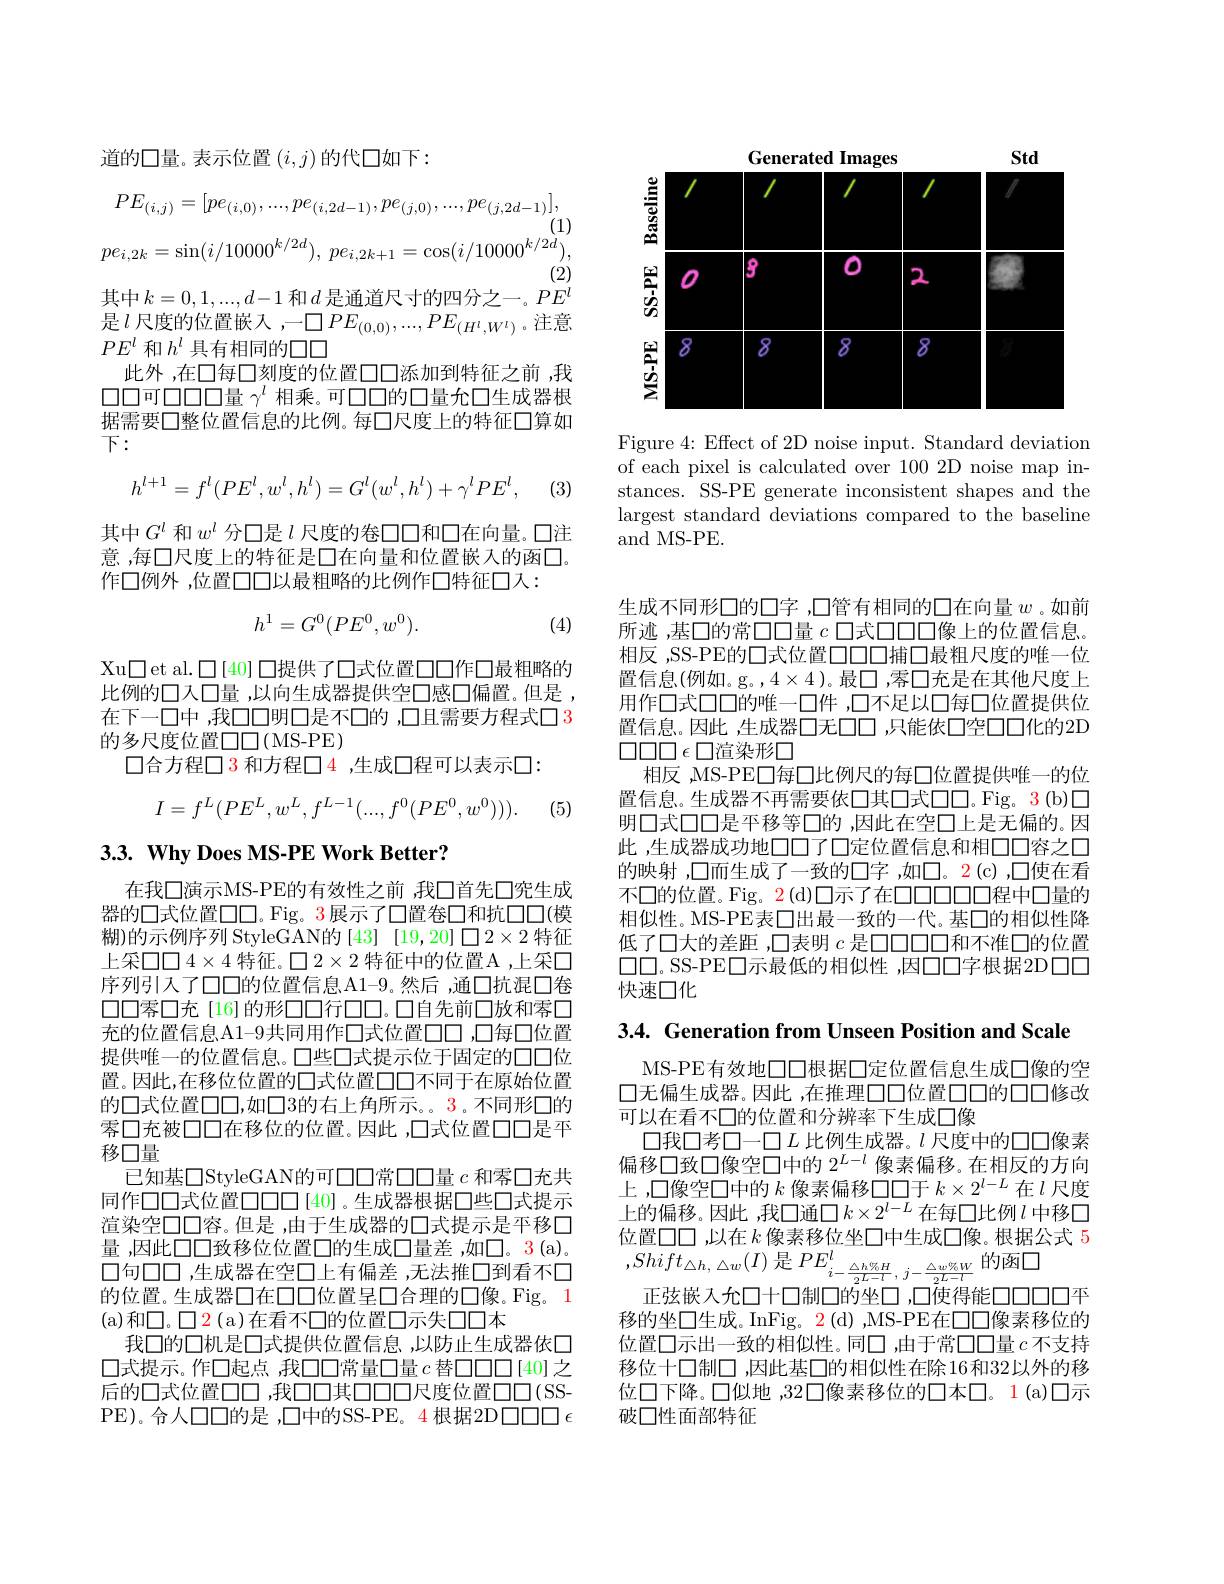
道的口量。表示位置$(i,j)$的代口如下：
$$PE_{(i,j)}=[pe_{(i,0)},...,pe_{(i,2d-1)},pe_{(j,0)},...,pe_{(j,2d-1)}],\\(1)\\pe_{i,2k}=\sin(i/10000^{k/2d}),\:pe_{i,2k+1}=\cos(i/10000^{k/2d}),$$
其中$k=0,1,...,d-1$ 和$d$是通道尺寸的四分之一。$PE^l$ 是$l$ 尺度的位置嵌入，一$\square PE_(0,0),...,PE_{(H^l,W^l)}$。注意$PE^l$和$h^l$具有相同的口口
此外，在口每口刻度的位置口口添加到特征之前，我$\square\square 可口口口量\gamma^l$相乘。可口口的口量允口生成器根据需要口整位置信息的比例。每口尺度上的特征口算如$下：$
$$h^{l+1}=f^l(PE^l,w^l,h^l)=G^l(w^l,h^l)+\gamma^lPE^l,$$
(3)

其中$G^l$和$w^l$分口是$l$尺度的卷口口和口在向量。口注意，每口尺度上的特征是口在向量和位置嵌入的函口。作口例外 ,位置口口以最粗略的比例作口特征口人：
$$h^1=G^0(PE^0,w^0).$$
(4)

Xu$\square$et al.$\square[40]\square$提供了口式位置口口作口最粗略的比例的口人口量 ,以向生成器提供空口感口偏置。但是 , 在下一口中 ,我口口明口是不口的 ,口且需要方程式口 3的多尺度位置口口(MS-PE)
口合方程口 3 和方程□ 4 ,生成口程可以表示口：
$$I=f^L(PE^L,w^L,f^{L-1}(...,f^0(PE^0,w^0))).$$
(5)

## $3. 3. \textbf{Why Does MS- PE Work Better? }$

在我口演示MS-PE的有效性之前 ,我口首先口究生成器的口式位置口口。Fig。3展示了口置卷口和抗口口(模糊)的示例序列 StyleGAN的[43] [19,20]口2×2 特征上采口口$4\times4$特征。口$2\times2$特征中的位置A ,上采口序列引入了口口的位置信息A1-9。然后 ,通口抗混口卷口口客口充[16]的形口口行口口。口自先前口放和客口充的位置信息A1-9共同用作口式位置口口，口每口位置提供唯一的位置信息。口些口式提示位于固定的口口位置。因此，在移位位置的口式位置口口不同于在原始位置的口式位置口口，如口3的右上角所示。。3。不同形口的雾口充被口口在移位的位置。因此 ,口式位置口口是平移口量
已知基口StyleGAN的可口口常口口量$c$和客口充共同作口口式位置口口口[40]。生成器根据口些口式提示渲染空口口容。但是 ,由于生成器的口式提示是平移口量，因此口口致移位位置口的生成口量差，如口。3(a)。口句口口 ,生成器在空口上有偏差 ,无法推口到看不口的位置。生成器口在口口位置呈口合理的口像。Fig。1 (a)和$\square。\square2$(a)在看不口的位置口示失口口本
我口的口机是口式提供位置信息，以防止生成器依口口式提示。作口起点，我口口常量口量$c$ 替口口口[40]之后的口式位置口口，我口口其口口口尺度位置口口(SSPE)。合人口口的是 ,口中的SS-PE。4 根据2D$\square\square\square\epsilon$

<FigureHere>

Figure 4: Effect of 2D noise input. Standard deviation of each pixel is calculated over 100 2D noise map instances. SS-PE generate inconsistent shapes and the largest standard deviations compared to the baseline and MS-PE

生成不同形口的口字 ,口管有相同的口在向量$w$ 。如前所述，基口的常$\square\square\square 量c\square\square\square\square$像上的位置信息相反，SS-PE的口式位置口口口捕口最粗尺度的唯一位置信息(例如。g。,$4\times4$)。最口，雾囗充是在其他尺度上用作口式口口的唯一口件 ,口不足以口每口位置提供位置信息。因此，生成器口无口口 ,只能依口空口口化的2D $\square\square\square\square\epsilon\square$渲染形$\square$
相反，MS-PE□每口比例尺的每□位置提供唯一的位置信息。生成器不再需要依口其口式口口。Fig。3(b)口明口式口口是平移等口的 ,因此在空口上是无偏的。因此，生成器成功地口口了口定位置信息和相口口容之口的映射，口而生成了一致的口字 ,如口。$\color{red}{2}(\mathrm{c})$ ,口使在看不口的位置。Fig。2(d)口示了在口口口口口程中口量的相似性。MS-PE表口出最一致的一代。基口的相似性降低了口大的差距 ,口表明$c$是口口口口和不准口的位置$\square\square$。SS-PE$\square$示最低的相似性，因口口字根据2D$\square\square\square$ 快速口化

3.4. Generation from Unseen Position and Scale

MS-PE有效地口口根据口定位置信息生成口像的空口无偏生成器。因此 ,在推理口口位置口口的口口修改可以在看不口的位置和分辨率下生成口像
口我口考口一口$L$ 比例生成器。$l$ 尺度中的口口像素偏移口致口像空口中的$2^{L-l}$像素偏移。在相反的方向上，口像空口中的$k$像素偏移口口于$k\times2^l-L$在$l$尺度上的偏移。因此 ,我口通$\square k\times2^l-L$在每口比例$l$中移口位置口口 ,以在$k$像素移位坐口中生成口像。根据公式 5 $,Shift_{\triangle h,\triangle w}(I)$ 是$PE_i-\frac{\triangle h\%H}{2L-l},j-\frac{\triangle w\%W}{2L-l}$的函口
正弦嵌入允口十口制口的坐口，口使得能口口口口平移的坐口生成。InFig。2(d) ,MS-PE在口口像素移位的位置口示出一致的相似性。同口 ,由于常口口量$c$不支持移位十口制口，因此基口的相似性在除16和32以外的移位口下降。口似地 ,32口像素移位的口本口。1(a)口示破口性面部特征